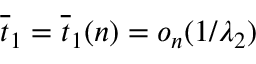
\overline { { t } } _ { 1 } = \overline { { t } } _ { 1 } ( n ) = o _ { n } ( 1 / \lambda _ { 2 } )